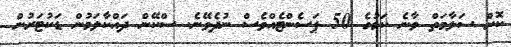
ކޮށް ސަލާމަތް ވާނެ ކަމުގެ 50 ޕަސެންޓެއްވެސް ނުދެވޭނެ. ސްކޭން ދައްކާލަމުން ޑަކުޓަރުން